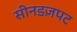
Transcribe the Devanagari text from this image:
सीनडज़पट